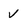
Character: v